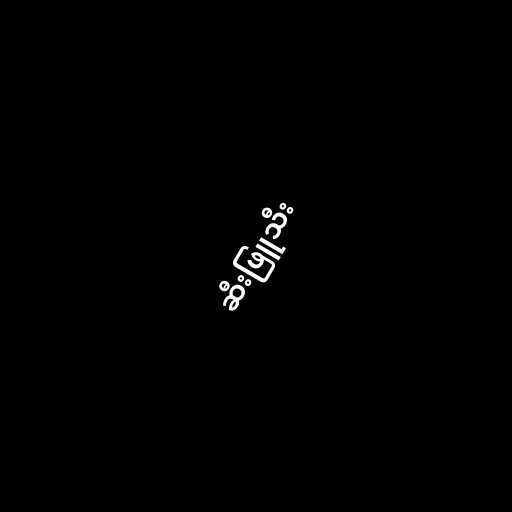
ဆီးဖြူသီး